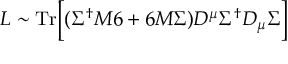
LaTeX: { \cal L } \sim \mathrm { T r } \biggl [ ( \Sigma ^ { \dagger } M \l 6 + \l 6 M \Sigma ) D ^ { \mu } \Sigma ^ { \dagger } D _ { \mu } \Sigma \biggr ]